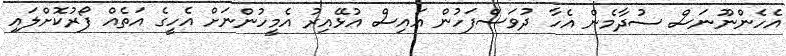
އެހެންނޫނަސް ސުދާމެން އެހާ ދުވަސްފަހުން އައިސް އުޅޭއިރު އެމީހުންނަށް އެހީގެ އަތެއް ފޯރުކޮށްލައި